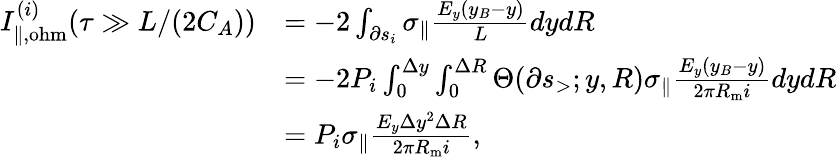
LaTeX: \begin{array}{rl}{I_{\| ,\mathrm{ohm}}^{(i)}(\tau\gg L/(2C_{A}))}&{=-2\int_{\partial s_{i}}\sigma_{\| }\frac{E_{y}(y_{B}-y)}{L}dydR}\\ &{=-2P_{i}\int_{0}^{\Delta y}\int_{0}^{\Delta R}\Theta(\partial s_{>};y,R)\sigma_{\| }\frac{E_{y}(y_{B}-y)}{2\pi R_{\mathrm{m}}i}dydR}\\ &{=P_{i}\sigma_{\| }\frac{E_{y}\Delta y^{2}\Delta R}{2\pi R_{\mathrm{m}}i},}\end{array}